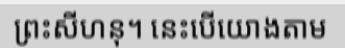
ព្រះសីហនុ។ នេះបើយោងតាម